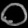
Digit: ၀